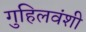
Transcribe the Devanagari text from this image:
गुहिलवंशी